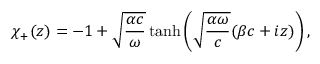
\chi _ { + } ( z ) = - 1 + \sqrt { \frac { \alpha c } { \omega } } \operatorname { t a n h } \left( \sqrt { \frac { \alpha \omega } { c } } ( \beta c + i z ) \right) ,